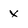
Character: x